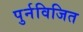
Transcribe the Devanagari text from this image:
पुर्नविजित